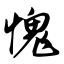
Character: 愧